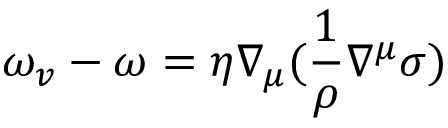
\omega _ { v } - \omega = \eta \nabla _ { \mu } ( \frac { 1 } { \rho } \nabla ^ { \mu } \sigma )